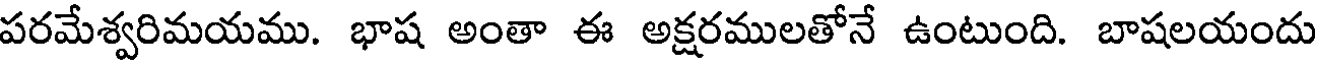
పరమేశ్వరిమయము. భాష అంతా ఈ అక్షరములతోనే ఉంటుంది. బాషలయందు